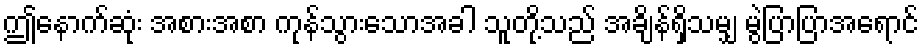
ဤနောက်ဆုံး အစားအစာ ကုန်သွားသောအခါ သူတို့သည် အချိန်ရှိသမျှ မွဲပြာပြာအရောင်